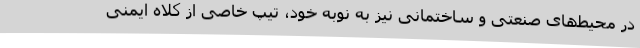
در محیط‌های صنعتی و ساختمانی نیز به نوبه خود، تیپ خاصی از کلاه ایمنی